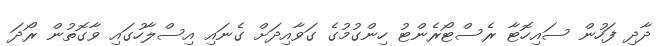
ދާދި ފަހުން ސައިހޮޓާ ރެސްޓޯރެންޓު ހިންގުމުގެ ގަވާއިދަށް ގެނައި އިސްލާހުގައި ވާގޮތުން ރޯދަ